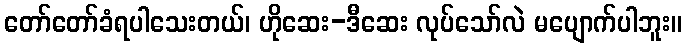
တော်တော်ခံရပါသေးတယ်၊ ဟိုဆေး-ဒီဆေး လုပ်သော်လဲ မပျောက်ပါဘူး။